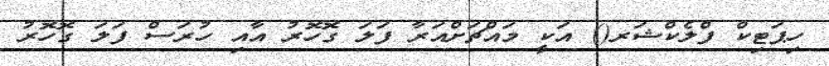
ހިޕަޓިކް ފްލެކްޝަރ() އަކީ މައްޗަށްއަރާ ފަލަ ގޮހޮރު އާއި ހުރަސް ފަލަ ގޮހޮރު